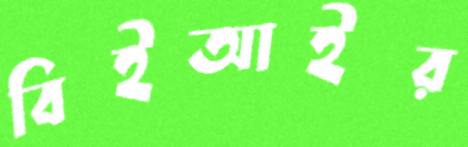
বিইআইর